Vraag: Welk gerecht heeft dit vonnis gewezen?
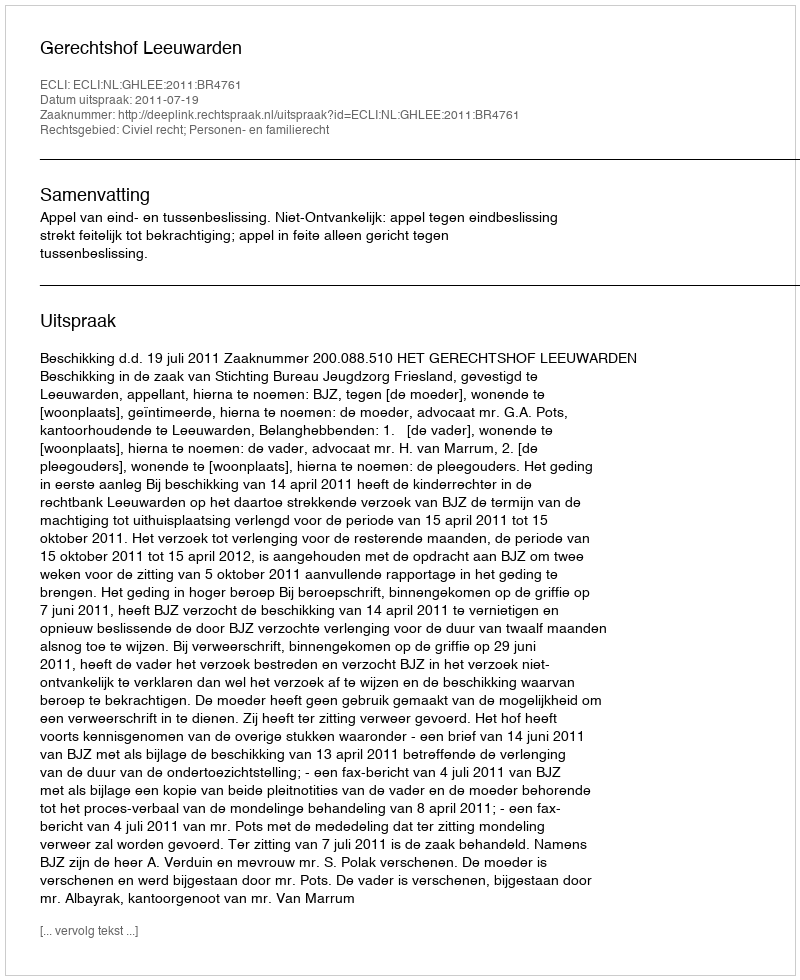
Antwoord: Gerechtshof Leeuwarden